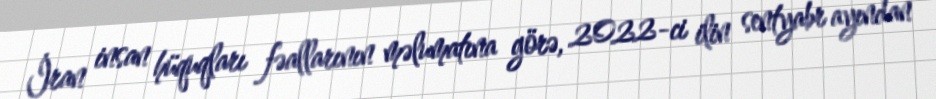
İran insan hüquqları fəallarının məlumatına görə, 2022-ci ilin sentyabr ayından